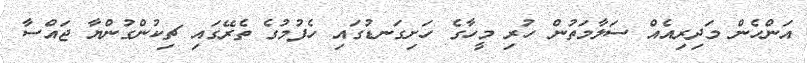
އަންހެން މަދިރިއެއް ސަލާމަތުން ހުރި މީހާގެ ހަށިގަނޑުގައި ހެފުމުގެ ތެރޭގައި ޗިކުންގުންޔާ ޖައްސާ